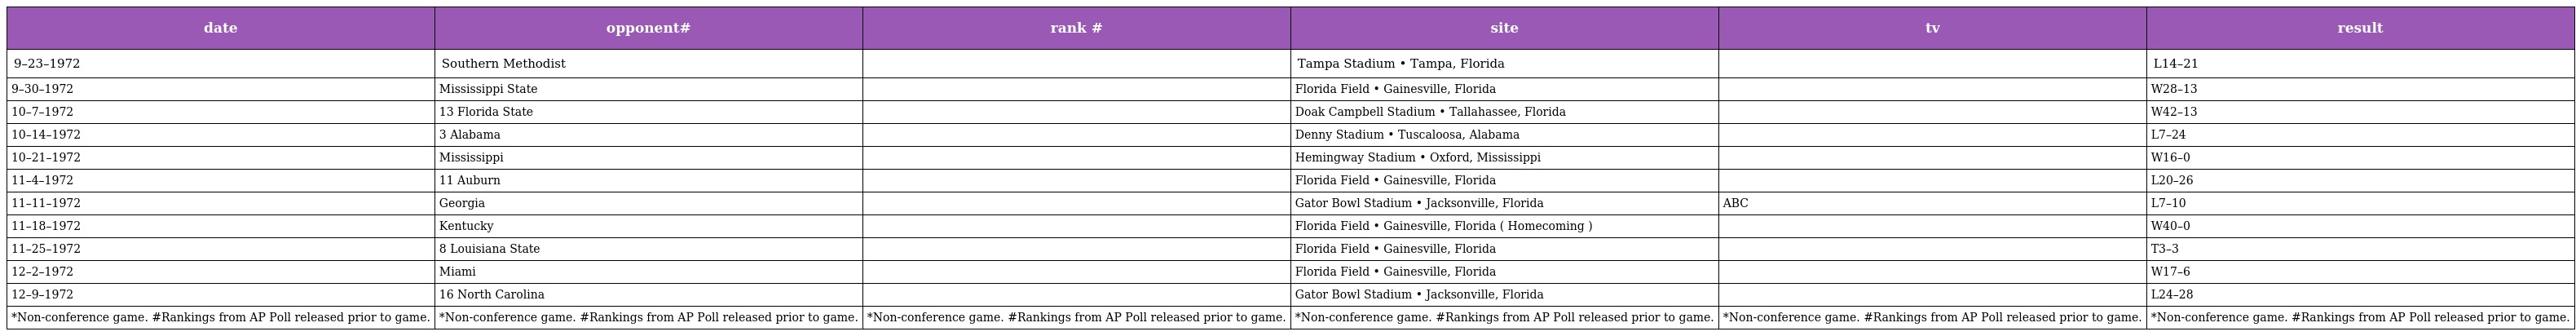
| date | opponent# | rank # | site | tv | result |
 | --- | --- | --- | --- | --- | --- |
 | 9–23–1972 | Southern Methodist |  | Tampa Stadium • Tampa, Florida |  | L14–21 |
 | 9–30–1972 | Mississippi State |  | Florida Field • Gainesville, Florida |  | W28–13 |
 | 10–7–1972 | 13 Florida State |  | Doak Campbell Stadium • Tallahassee, Florida |  | W42–13 |
 | 10–14–1972 | 3 Alabama |  | Denny Stadium • Tuscaloosa, Alabama |  | L7–24 |
 | 10–21–1972 | Mississippi |  | Hemingway Stadium • Oxford, Mississippi |  | W16–0 |
 | 11–4–1972 | 11 Auburn |  | Florida Field • Gainesville, Florida |  | L20–26 |
 | 11–11–1972 | Georgia |  | Gator Bowl Stadium • Jacksonville, Florida | ABC | L7–10 |
 | 11–18–1972 | Kentucky |  | Florida Field • Gainesville, Florida ( Homecoming ) |  | W40–0 |
 | 11–25–1972 | 8 Louisiana State |  | Florida Field • Gainesville, Florida |  | T3–3 |
 | 12–2–1972 | Miami |  | Florida Field • Gainesville, Florida |  | W17–6 |
 | 12–9–1972 | 16 North Carolina |  | Gator Bowl Stadium • Jacksonville, Florida |  | L24–28 |
 | *Non-conference game. #Rankings from AP Poll released prior to game. | *Non-conference game. #Rankings from AP Poll released prior to game. | *Non-conference game. #Rankings from AP Poll released prior to game. | *Non-conference game. #Rankings from AP Poll released prior to game. | *Non-conference game. #Rankings from AP Poll released prior to game. | *Non-conference game. #Rankings from AP Poll released prior to game. |